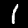
Digit: 1